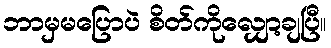
ဘာမှမပြောပဲ စိတ်ကိုလျှော့ချပြီ။